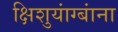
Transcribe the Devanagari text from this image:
क्षिशुयांग्बांना